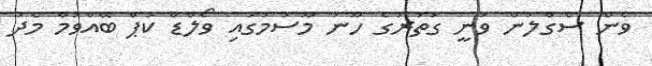
ވެން ސެގްލަން ވަނީ ގަތަރުގެ ހޫނު މޫސުމުގައި ވޯލްޑް ކަޕް ބޭއްވުމާ މެދު